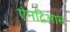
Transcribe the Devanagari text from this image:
ऐनद्रिआस